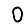
Digit: 0